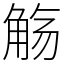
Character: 觞